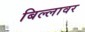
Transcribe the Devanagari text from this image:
बिल्लावर